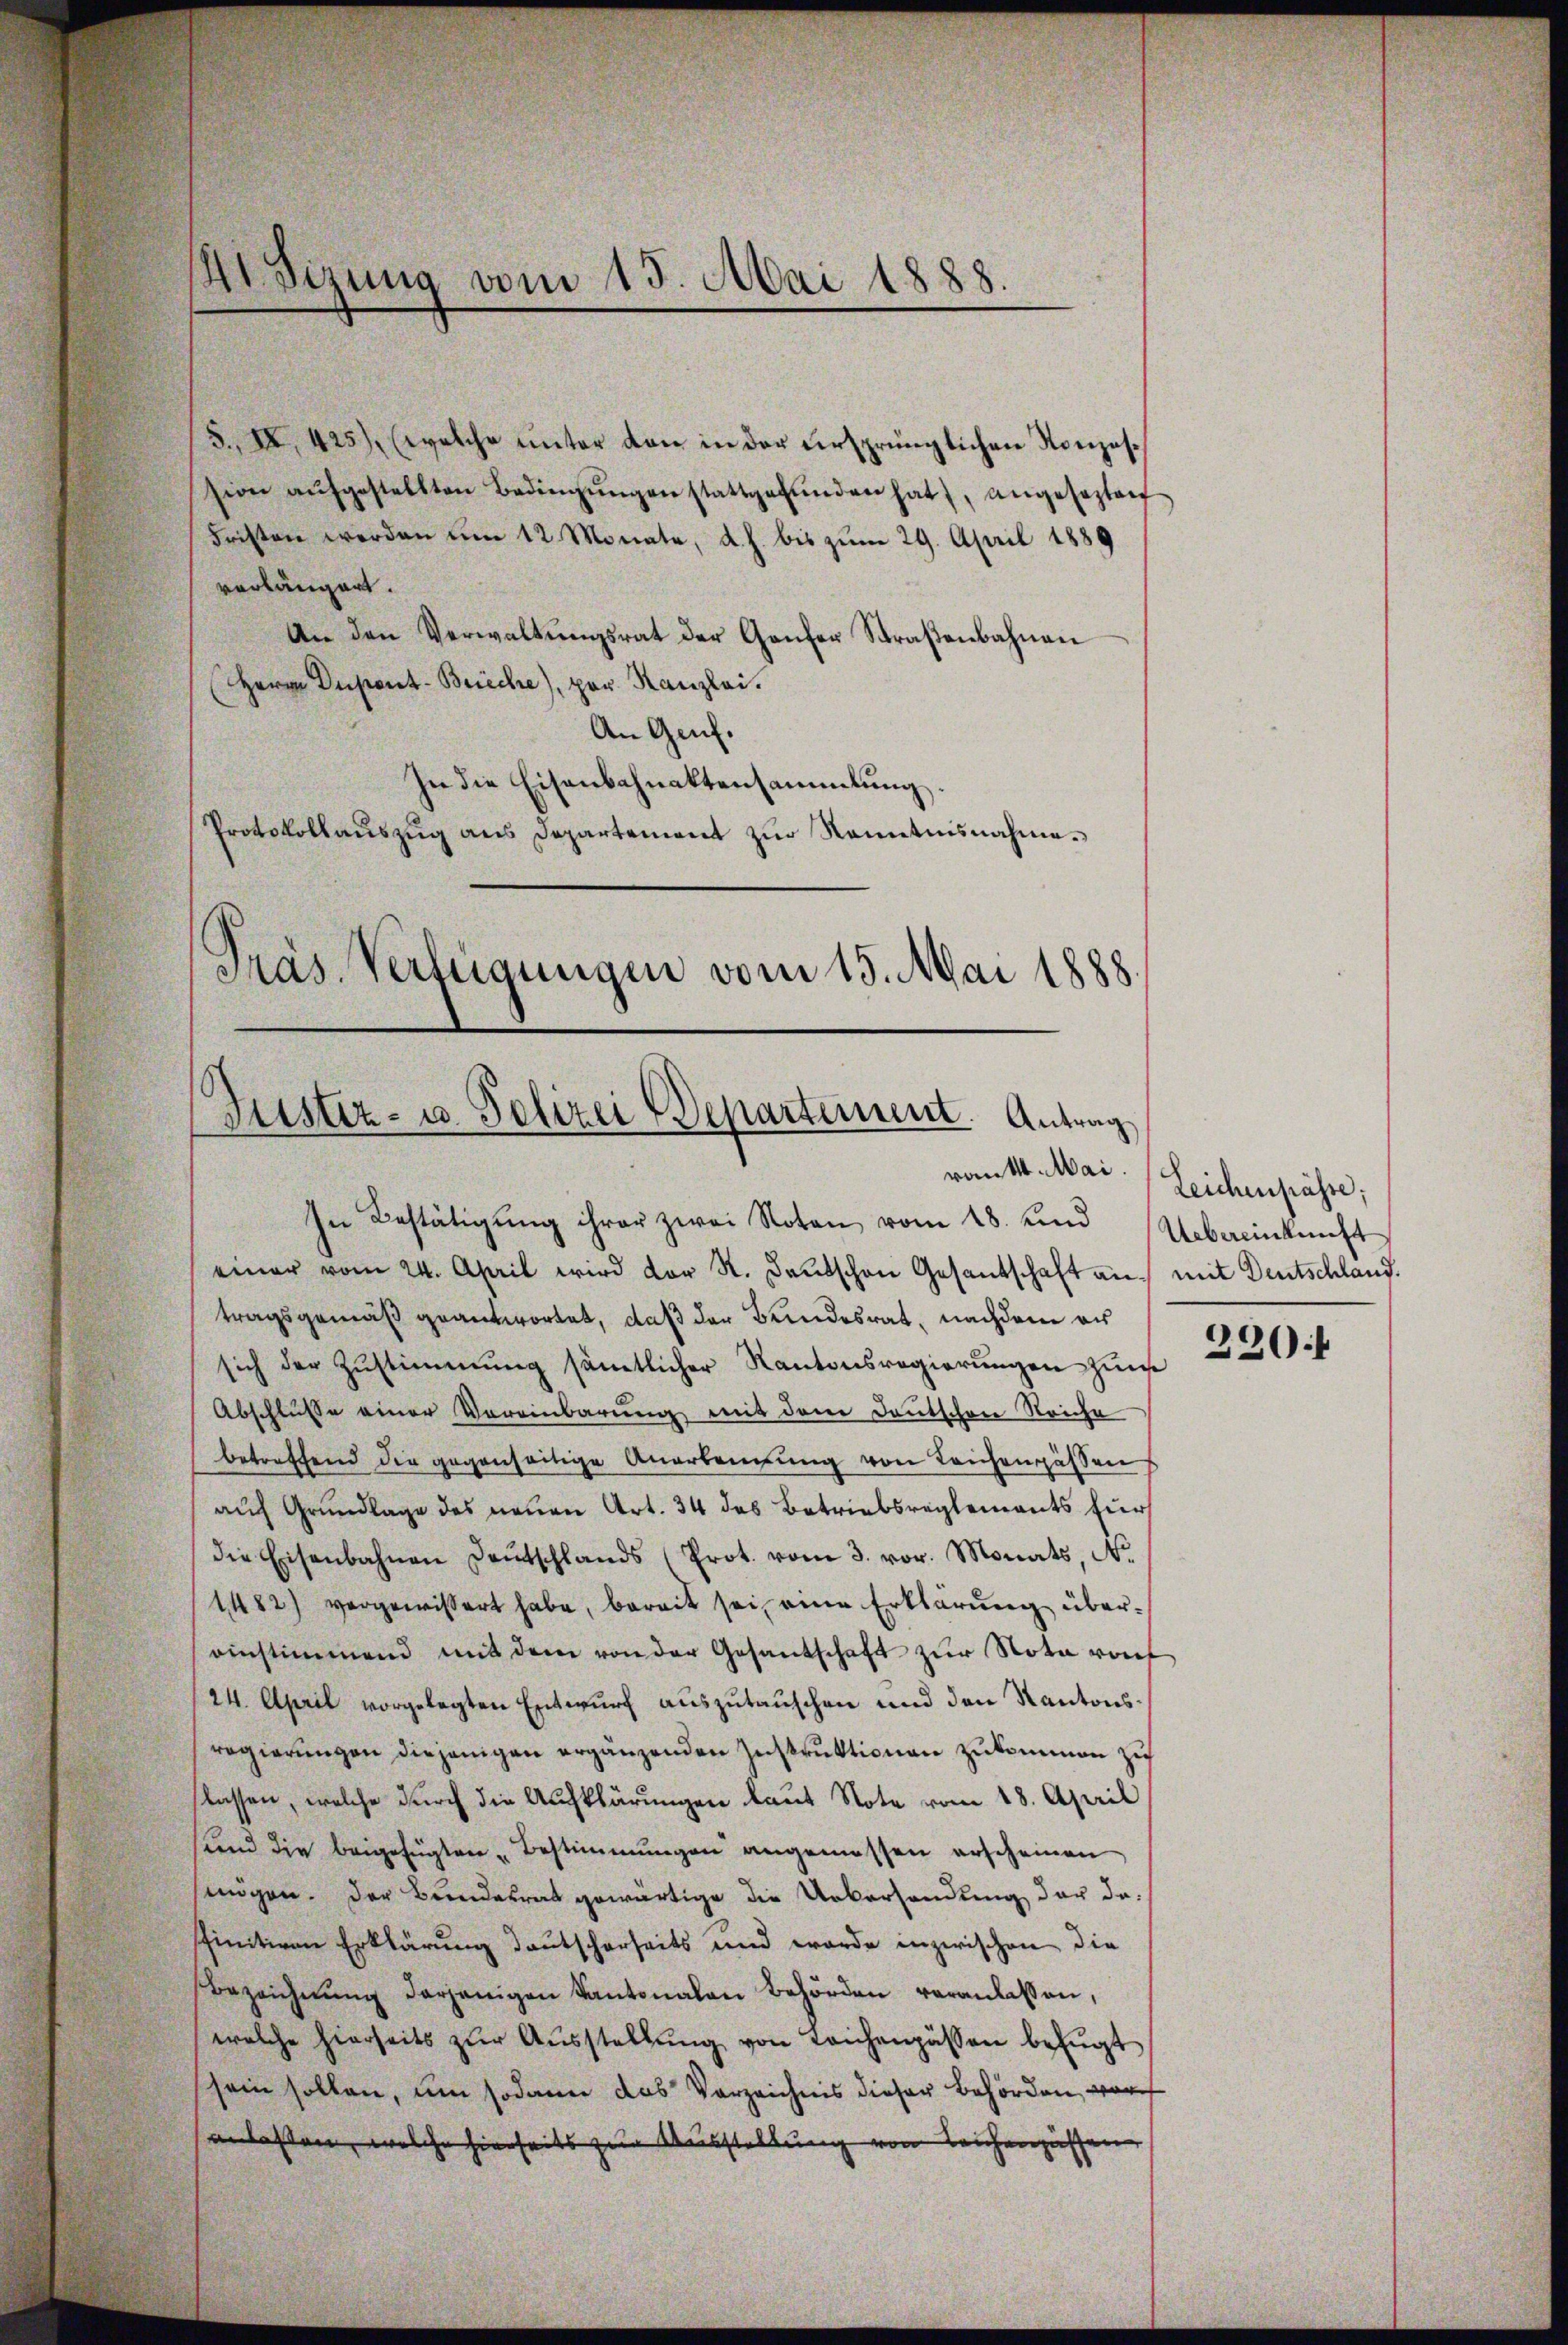
4 Sizung vom 15. Mai 1888.

5., II. 425), (welche unter den in der ursprünglichen Konzession aŭfgestellten Bedingŭngen stattgefŭnden hat, angesezten
Fristen werden um 12 Monate, d. h. bis zum 29. April 1889
verlängert.
An den Verwaltŭngsrat der Genfer Straßenbahnen
Herrn Dupant-Breche, par Kanzlei.
An Genf.
In die Eisenbahnaktensammlung.
Protokollaŭszŭg aŭs Departement zŭr Ranntnisnahme.
Pras. Verfügungen vom 15. Mai 1888.

Füster- u. Polizei Departement. Antrag
rankt. Mai.

In Bestätigung ihrer zwei Noten vom 18. und
einer vom 24. April wird vor R. Deutschen Gesantschaft an mit Deutschland.
tragsgemäß geantwortet, daß der Bundesrat, nachdem al
sich der Zustimmung sämtlicher Kantonsregierungen zure
Abschlusse einer Vereinbarung mit dem Deutschen Reiche
betreffend die gegenseitige Anerbengŭng von Leichenpassen
auf Grundlage des neuen Art. 34 des Betriebsreglements für
die Eisenbahnen Deutschlands (Prot. vom 3. vor. Monats, N.
1482) vorgewissert habe, bereit sei eine Erklärung übereinstimmend mit dem von der Gesandschaft zur Nota vorf
24. April vorgelegten Entwurf auszutauschen und den Kantonsregierungen diejenigen ergänzenden Instruktionen zukommen zu
flassen, welche durch die Aufklärungen laut Note vom 18. April
sund die beigefügten „Bestimmungen angemessen erscheinen
mögen. Der Bundesrat gewärtige die Uebersendung der daffinitiven Erklärung deutscherseits und werde inzwischen die
Bezeichnŭng derjenigen Kantonalen Behörden veranlassen,
welche hierseits zŭr Aŭsstellŭng von Leichenpässen befugt
sein sollen, um sodann das Verzeichnis dieser Behörden, wur
anlassen, welche hierseits zur Ausstellung von Leichenpässen

Zeichenpässe;
Uebereinkunft

220 f